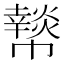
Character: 𢅲